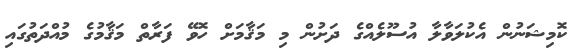
ކޮމިޝަނުން އެކުލަވާލާ އުސޫލެއްގެ ދަށުން މި މަޤާމަށް ހޮވޭ ފަރާތް މަޤާމުގެ މުއްދަތުގައި